Report on vaccination North-West Frontier Province 1904-1922 - 1904-1922
Year: 1904
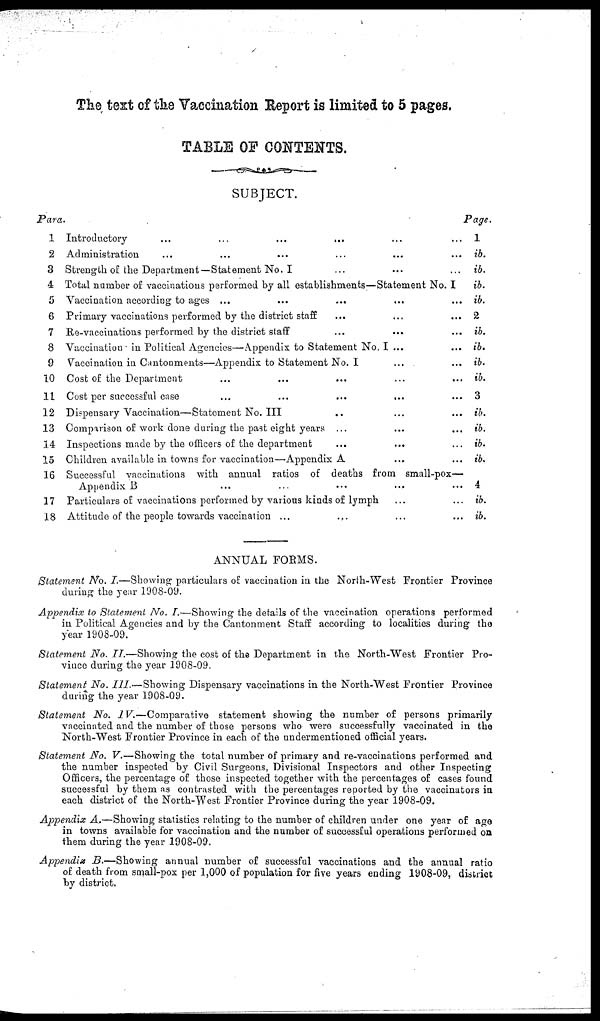
The text of the Vaccination Report is limited to 5 pages.
TABLE OF CONTENTS.
SUBJECT.
Para.
1
2
3
4
5
6
7
8
9
10
11
12
13
14
15
16
17
18
Introductory ... ... ... ... ...
Administration ... ... ... ...
Strength of the Department— Statement No. I ... ... ...
Total number of vaccinations performed by all establishments—Statement No. I
Vaccination according to ages ... ... ... ...
Primary vaccinations performed by the district staff ... ... ...
Re-vaccinations performed by the district staff ... ... ...
Vaccination in Political Agencies—Appendix to Statement No. I ... ...
Vaccination in Cantonments—Appendix to Statement No. I
Cost of the Department ... ... ... ...
Cost per successful case ... ... ... ...
Dispensary Vaccination—Statement No. III ... ... ...
Comparison of work done during the past eight years ... ... ...
Inspections made by the officers of the department ... ... ...
Children available in towns for vaccination—Appendix A ... ...
Successful vaccinations with annual ratios of deaths from small-pox—
Appendix B ... ... ...
Particulars of vaccinations performed by various kinds of lymph ... ...
Attitude of the people towards vaccination ... ... ... ...
Page.
1
ib.
ib.
ib.
ib.
2
ib.
ib.
ib.
ib.
3
ib.
ib.
ib.
ib.
4
ib.
ib.
ANNUAL FORMS.
Statement No. I.—Showing particulars of vaccination in the North-West Frontier Province
during the year 1908-09.
Appendix to Statement No. I.—Showing the details of the vaccination operations performed
in Political Agencies and by the Cantonment Staff according to localities during the
year 1908-09.
Statement No. II.—Showing the cost of the Department in the North-West Frontier Pro-
vince during the year 1908-09.
Statement No. III.—Showing Dispensary vaccinations in the North-West Frontier Province
during the year 1908-09.
Statement No. IV.—Comparative
statement showing the number of persons primarily
vaccinated and the number of those persons who were successfully vaccinated in the
North-West Frontier Province in each of the undermentioned official years.
Statement No. V.—Showing the total number of primary and re-vaccinations performed and
the number inspected by Civil Surgeons, Divisional Inspectors and other Inspecting
Officers, the percentage of those inspected together with the percentages of cases found
successful by them as contrasted with the percentages reported by the vaccinators in
each district of the North-West Frontier Province during the year 1908-09.
Appendix A.—Showing statistics relating to the number of children under one year of age
in towns available for vaccination and the number of successful operations performed on
them during the year 1908-09.
Appendix B.—Showing annual number of successful vaccinations and the annual ratio
of death from small-pox per 1,000 of population for five years ending 1908-09, district
by district.